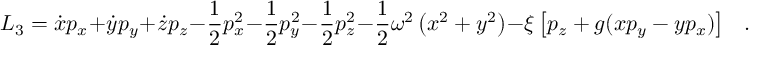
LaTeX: L _ { 3 } = \dot { x } p _ { x } + \dot { y } p _ { y } + \dot { z } p _ { z } - \frac { 1 } { 2 } p _ { x } ^ { 2 } - \frac { 1 } { 2 } p _ { y } ^ { 2 } - \frac { 1 } { 2 } p _ { z } ^ { 2 } - \frac { 1 } { 2 } \omega ^ { 2 } \left( x ^ { 2 } + y ^ { 2 } \right) - \xi \left[ p _ { z } + g ( x p _ { y } - y p _ { x } ) \right] \ \ \ .